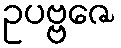
ဥပဗ္ဗဇေ